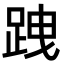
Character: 跩